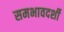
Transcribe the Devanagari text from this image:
समभावदर्शी